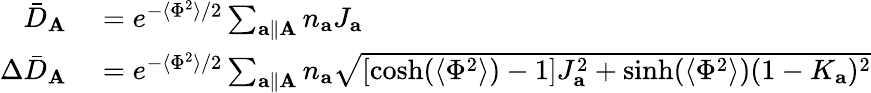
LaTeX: \begin{array}{rl}{\bar{D}_{\mathbf{A}}}&{{}=e^{-\langle\Phi^{2}\rangle/2}\sum_{\mathbf{a}\parallel\mathbf{A}}n_{\mathbf{a}}J_{\mathbf{a}}}\\ {\Delta\bar{D}_{\mathbf{A}}}&{{}=e^{-\langle\Phi^{2}\rangle/2}\sum_{\mathbf{a}\parallel\mathbf{A}}n_{\mathbf{a}}\sqrt{\left[\cosh(\langle\Phi^{2}\rangle)-1\right]J_{\mathbf{a}}^{2}+\sinh(\langle\Phi^{2}\rangle)(1-K_{\mathbf{a}})^{2}}}\end{array}